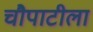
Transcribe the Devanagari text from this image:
चौपाटीला